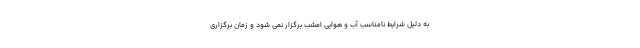
به دلیل شرایط نامناسب آب و هوایی امشب برگزار نمی شود و زمان برگزاری